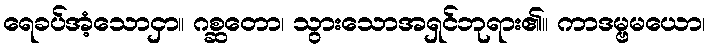
ရေခပ်အံ့သောငှာ။ ဂစ္ဆတော၊ သွားသောအရှင်ဘုရား၏။ ကာဒမ္ဗမယော၊